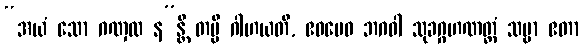
“အယံ သော ဂဏှထ န”န္တိ တမ္ပိ ဂါဟယတိ, ဧဝမေဝ ဘဂဝါ သုခဂ္ဂဟဏတ္ထံ သဗ္ဗာ ဧတာ